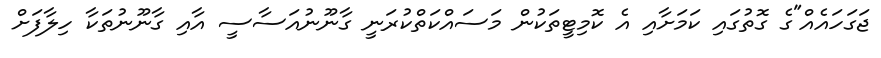
ޖަގަހައެއް"ގެ ގޮތުގައި ކަމަށާއި އެ ކޮމިޓީތަކުން މަސައްކަތްކުރަނީ ގާނޫނުއަސާސީ އާއި ގާނޫނުތަކާ ހިލާފަށް